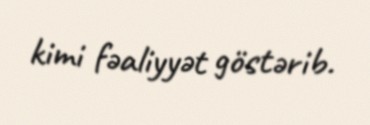
kimi fəaliyyət göstərib.